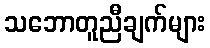
သဘောတူညီချက်များ